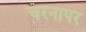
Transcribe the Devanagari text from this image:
चरनापर